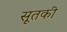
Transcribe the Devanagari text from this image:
सूतकी